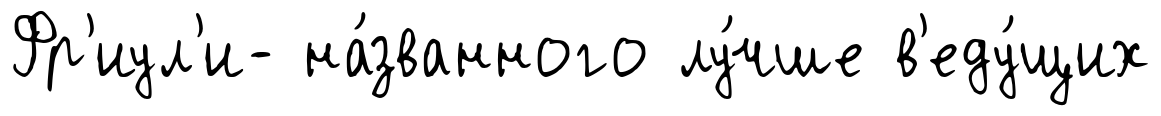
Фр'иул'и- на́званного лу́чше в'еду́щих